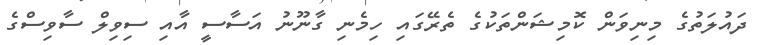
ދައުލަތުގެ މިނިވަން ކޮމިޝަންތަކުގެ ތެރޭގައި ހިމެނި ގާނޫނު އަސާސީ އާއި ސިވިލް ސާވިސްގެ